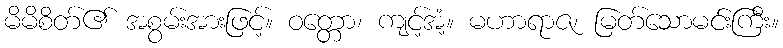
မိမိစိတ်၏ အစွမ်းအားဖြင့်။ ဝတ္တော၊ ကျင့်အံ့။ မဟာရာဇ၊ မြတ်သောမင်းကြီး။